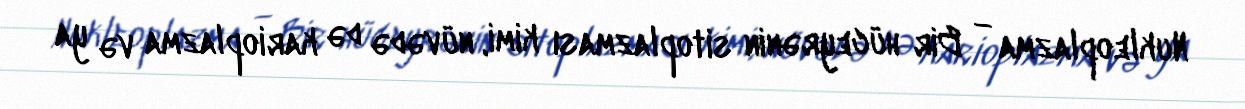
Nukleoplazma — Bir hüceyrənin sitoplazması kimi, nüvədə də karioplazma və ya